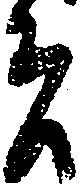
者